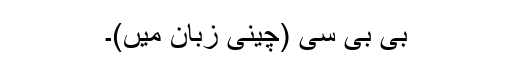
بی بی سی (چینی زبان میں)۔